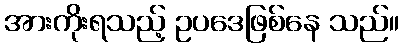
အားကိုးရသည့် ဥပဒေဖြစ်နေ သည်။